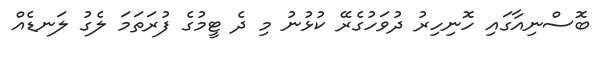
ބޮސްނިއާގައި ހޮނިހިރު ދުވަހުގެރޭ ކުޅުނު މި ދެ ޓީމުގެ ފުރަތަމަ ލެގު ލަނޑެއް